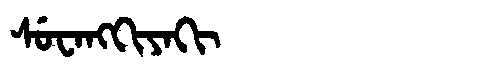
Manchu: ᠰᡠᠸᠠᠩᡴᡳᠶᠠᡴᡳ
Romanization: SUWANGKIYAKI